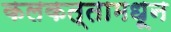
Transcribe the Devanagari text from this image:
कलकत्तामधून